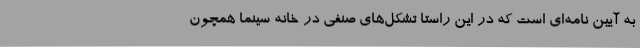
به آیین نامه‌ای است که در این راستا تشکل‌های صنفی در خانه سینما همچون